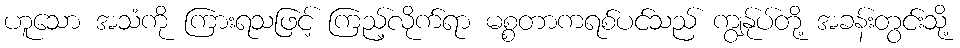
ဟူသော အသံကို ကြားရသဖြင့် ကြည့်လိုက်ရာ မစ္စတာကရစ်ပင်သည် ကျွန်ုပ်တို့ အခန်းတွင်းသို့